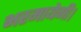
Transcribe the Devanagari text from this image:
भरमायेगी।